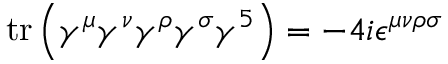
\operatorname { t r } \left( \gamma ^ { \mu } \gamma ^ { \nu } \gamma ^ { \rho } \gamma ^ { \sigma } \gamma ^ { 5 } \right) = - 4 i \epsilon ^ { \mu \nu \rho \sigma }